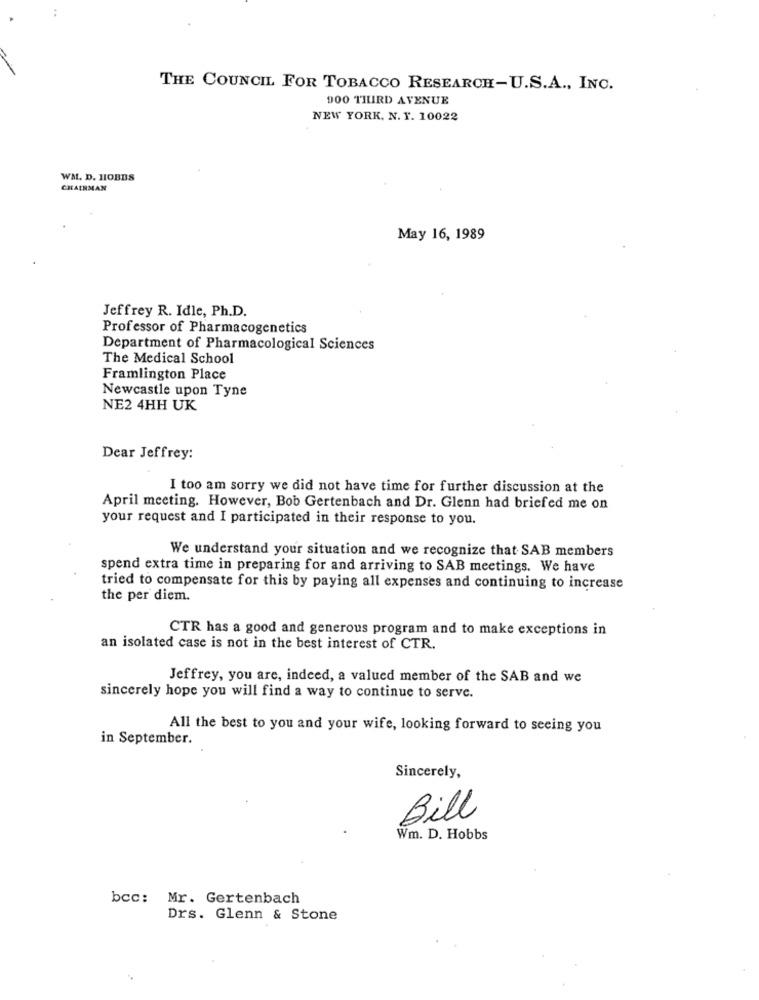
THE COUNCIL FOR TOBACCO RESEARCH-U.S.A ., INC.
900 THIRD AVENUE
NEW YORK, N. Y. 10022
WM. D. HOBBS
CHAIRMAN
May 16, 1989
Jeffrey R. Idle, Ph.D.
Professor of Pharmacogenetics
Department of Pharmacological Sciences
The Medical School
Framlington Place
Newcastle upon Tyne
NE2 4HH UK
Dear Jeffrey:
I too am sorry we did not have time for further discussion at the
April meeting. However, Bob Gertenbach and Dr. Glenn had briefed me on
your request and I participated in their response to you.
We understand your situation and we recognize that SAB members
spend extra time in preparing for and arriving to SAB meetings. We have
tried to compensate for this by paying all expenses and continuing to increase
the per diem.
CTR has a good and generous program and to make exceptions in
an isolated case is not in the best interest of CTR.
Jeffrey, you are, indeed, a valued member of the SAB and we
sincerely hope you will find a way to continue to serve.
All the best to you and your wife, looking forward to seeing you
in September.
Sincerely,
Bill
Wm. D. Hobbs
bcc: Mr. Gertenbach
Drs. Glenn & Stone